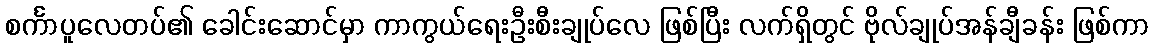
စင်္ကာပူလေတပ်၏ ခေါင်းဆောင်မှာ ကာကွယ်ရေးဦးစီးချုပ်လေ ဖြစ်ပြီး လက်ရှိတွင် ဗိုလ်ချုပ်အန်ချီခန်း ဖြစ်ကာ